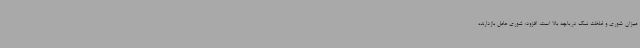
میزان شوری و غلظت نمک دریاچه بالا است، افزود: شوری عامل بازدارنده